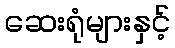
ဆေးရုံများနှင့်